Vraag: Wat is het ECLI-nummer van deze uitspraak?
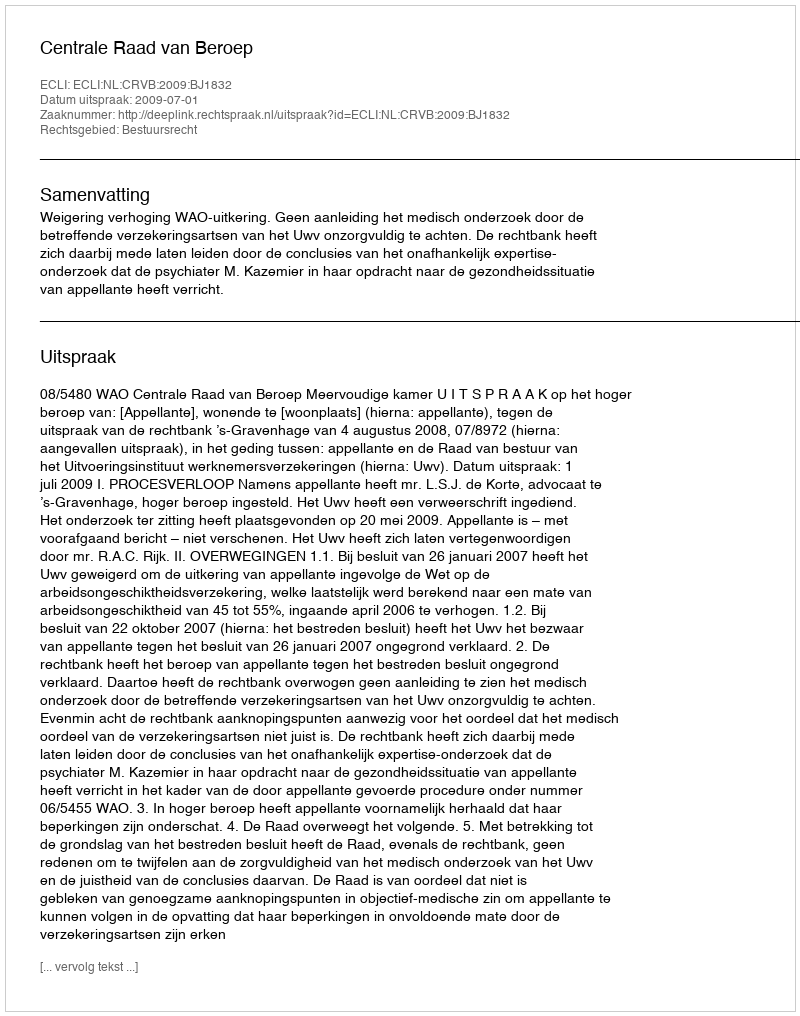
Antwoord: ECLI:NL:CRVB:2009:BJ1832